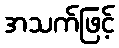
အသက်ဖြင့်